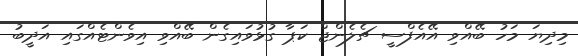
މިދިޔަ މަހު ބޭއްވި އޭއެފްސީ ޗެލެންޖް ކަޕާ ގުޅުވައިގެން ބޭއްވި އިވެންޓެއްގައި އަދީބު